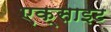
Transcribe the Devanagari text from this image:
एक्साइट